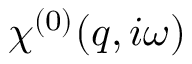
\chi ^ { ( 0 ) } ( q , i \omega )